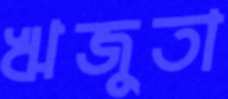
ঋজুতা